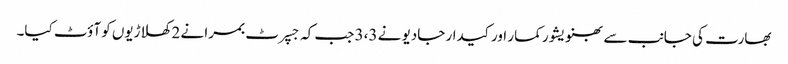
بھارت کی جانب سے بھنویشور کمار اور کیدار جادیو نے 3،3 جب کہ جسپرٹ بمرا نے 2 کھلاڑیوں کو آؤٹ کیا۔